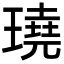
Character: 𤩊